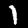
Digit: 1